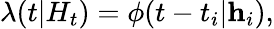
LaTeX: \lambda(t|H_{t})=\phi(t-t_{i}|\textbf{h}_{i}),